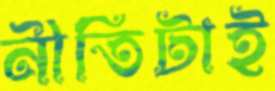
নীতিটাই